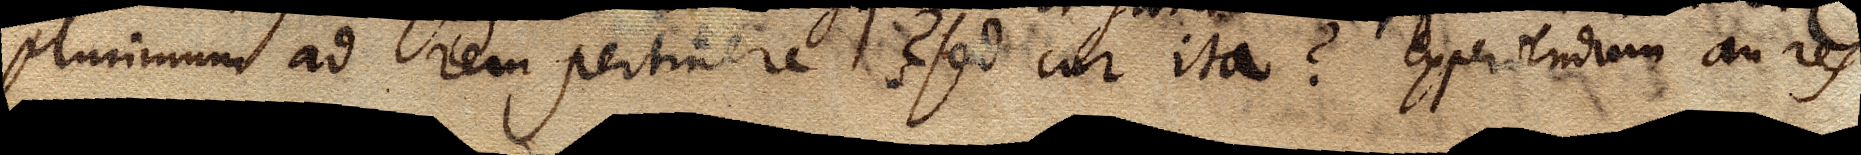
plurimum ad rem pertinere? Sed cur ita? Experiendum an res